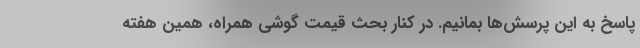
پاسخ به این پرسش‌ها بمانیم. در کنار بحث قیمت گوشی همراه، همین هفته